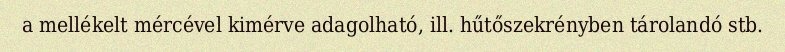
a mellékelt mércével kimérve adagolható, ill. hűtőszekrényben tárolandó stb.